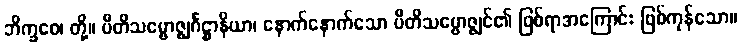
ဘိက္ခဝေ၊ တို့။ ပီတိသမ္ဗောဇ္ဈင်္ဂဋ္ဌာနိယာ၊ နောက်နောက်သော ပီတိသမ္ဗောဇ္ဈင်၏ ဖြစ်ရာအကြောင်း ဖြစ်ကုန်သော။